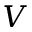
V